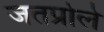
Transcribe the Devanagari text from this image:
जतप्रोले